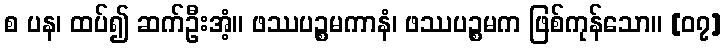
စ ပန၊ ထပ်၍ ဆက်ဦးအံ့။ ဖဿပဉ္စမကာနံ၊ ဖဿပဉ္စမက ဖြစ်ကုန်သော။ [၀၇]